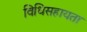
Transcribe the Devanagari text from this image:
विधिसहायता